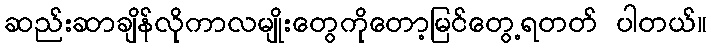
ဆည်းဆာချိန်လိုကာလမျိုးတွေကိုတော့မြင်တွေ့ရတတ် ပါတယ်။